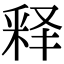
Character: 释